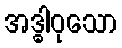
အဒ္ဓါဝုသော